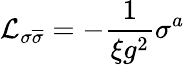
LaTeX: \mathcal{L}_{\sigma\overline{{{\sigma}}}}=-\frac{1}{\xi g^{2}}\sigma^{a}